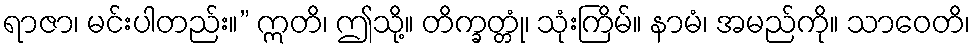
ရာဇာ၊ မင်းပါတည်း။” ဣတိ၊ ဤသို့။ တိက္ခတ္တုံ၊ သုံးကြိမ်။ နာမံ၊ အမည်ကို။ သာဝေတိ၊